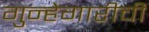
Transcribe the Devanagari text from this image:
गुन्हेगारीची